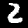
Label: 2